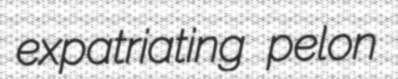
expatriating pelon